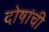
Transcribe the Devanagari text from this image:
दोषांची